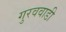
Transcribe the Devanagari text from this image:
गुरववाडी